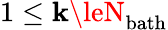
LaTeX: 1\le\mathbf{k}\leN_{\mathrm{{bath}}}